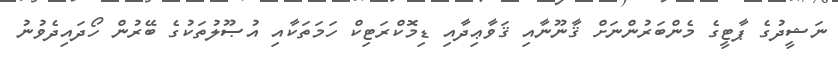
ނަޝީދުގެ ޕާޓީގެ މެންބަރުންނަށް ޤާނޫނާއި ޤަވާޢިދާއި ޑިމޮކްރަޓިކް ހަމަތަކާއި އުޞޫލުތަކުގެ ބޭރުން ހޯދައިދެވުނު